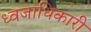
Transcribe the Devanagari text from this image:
ध्वजाधिकारी